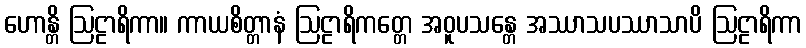
ဟောန္တိ ဩဠာရိကာ။ ကာယစိတ္တာနံ ဩဠာရိကတ္တေ အဝူပသန္တေ အဿာသပဿာသာပိ ဩဠာရိကာ